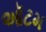
ઑટમ